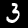
Label: 3